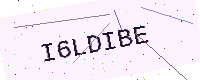
Text: I6LDIBE